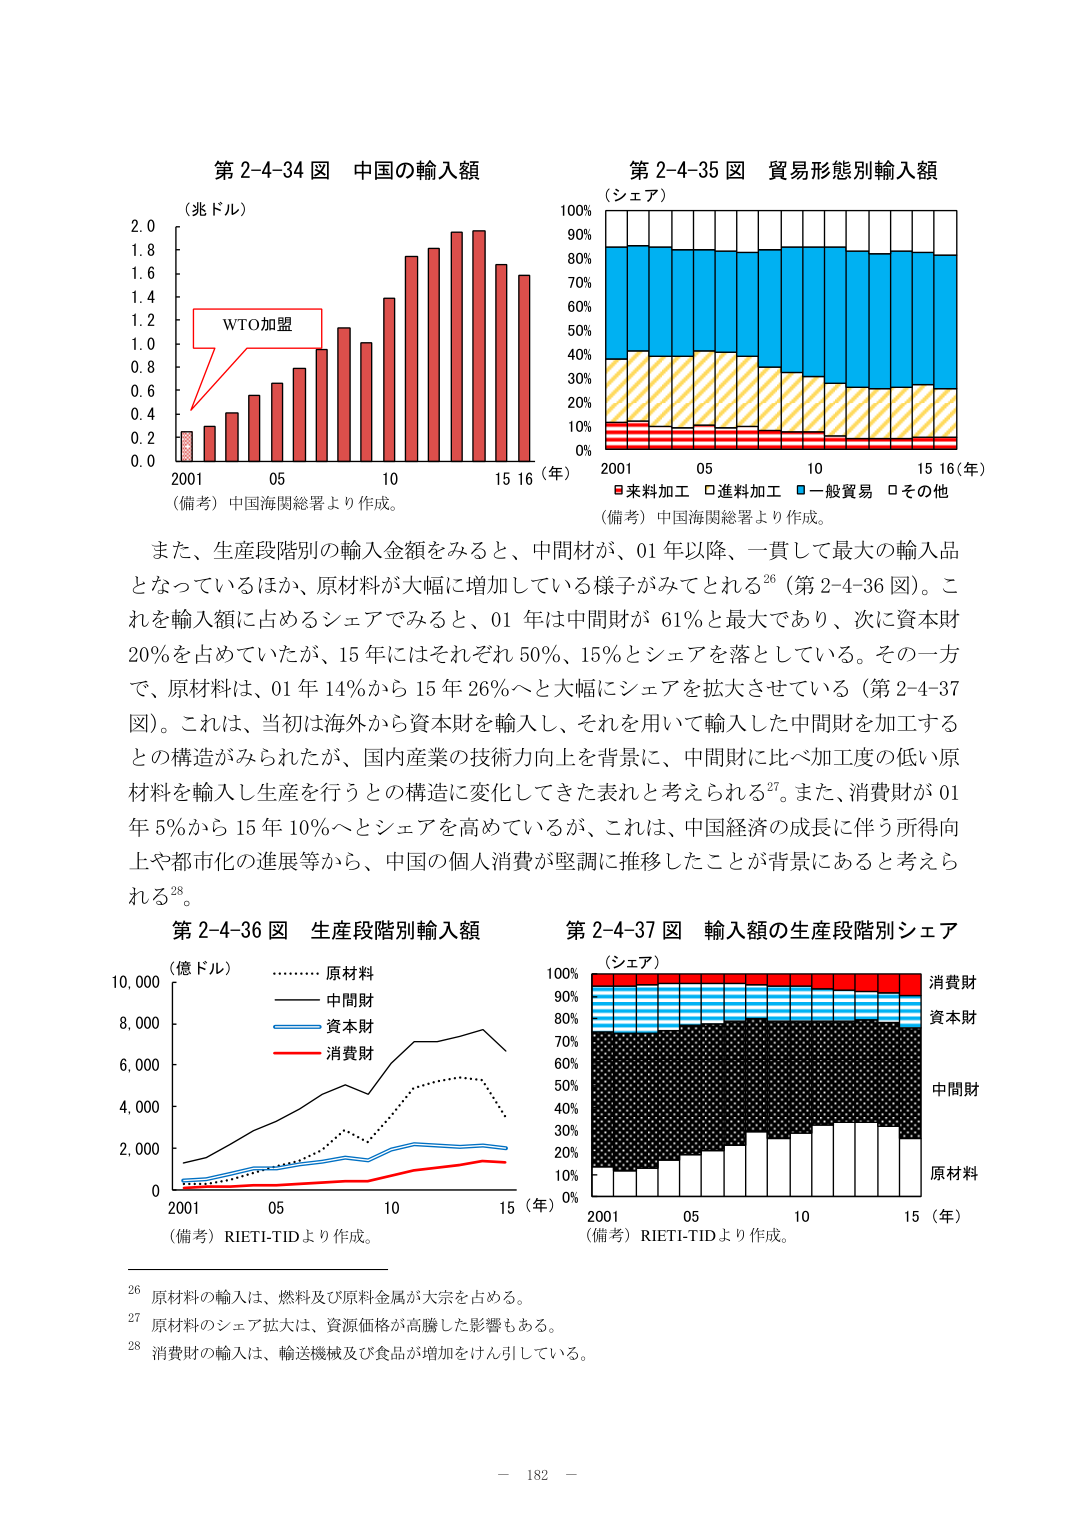
第2-4-34図 中国の輸入額
（兆ドル）
WTO加盟
2001 05 10 15 16（年）
（備考）中国海関総署より作成。

第2-4-35図 貿易形態別輸入額
（シェア）
100%
90%
80%
70%
60%
50%
40%
30%
20%
10%
0%
2001 05 10 15 16（年）
■来料加工 □進料加工 ■一般貿易 □その他
（備考）中国海関総署より作成。

また、生産段階別の輸入金額をみると、中間材が、01年以降、一貫して最大の輸入品となっているほか、原材料が大幅に増加している様子がみてとれる26（第2-4-36図）。これを輸入額に占めるシェアでみると、01年は中間財が61％と最大であり、次に資本財20％を占めていたが、15年にはそれぞれ50％、15％とシェアを落としている。その一方で、原材料は、01年14％から15年26％へと大幅にシェアを拡大させている（第2-4-37図）。これは、当初は海外から資本財を輸入し、それを用いて輸入した中間財を加工するとの構造がみられたが、国内産業の技術力向上を背景に、中間財に比べ加工度の低い原材料を輸入し生産を行うとの構造に変化してきた表れと考えられる27。また、消費財が01年5％から15年10％へとシェアを高めているが、これは、中国経済の成長に伴う所得向上や都市化の進展等から、中国の個人消費が堅調に推移したことが背景にあると考えられる28。

第2-4-36図 生産段階別輸入額
（億ドル）
………原材料
———中間財
———資本財
———消費財
2001 05 10 15（年）
（備考）RIETI-TIDより作成。

第2-4-37図 輸入額の生産段階別シェア
（シェア）
100%
90%
80%
70%
60%
50%
40%
30%
20%
10%
0%
2001 05 10 15（年）
消費財
資本財
中間財
原材料
（備考）RIETI-TIDより作成。

26 原材料の輸入は、燃料及び原料金属が大宗を占める。
27 原材料のシェア拡大は、資源価格が高騰した影響もある。
28 消費財の輸入は、輸送機械及び食品が増加をけん引している。

－ 182 －